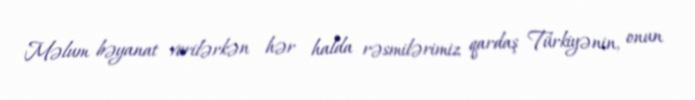
Məlum bəyanat verilərkən hər halda rəsmilərimiz qardaş Türkiyənin, onun